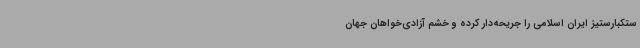
ستکبارستیز ایران اسلامی را جریحه‌دار کرده و خشم آزادی‌خواهان جهان